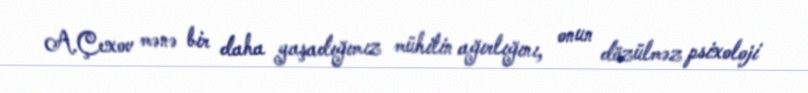
A.Çexov mənə bir daha yaşadığımız mühitin ağırlığını, onun dözülməz psixoloji